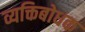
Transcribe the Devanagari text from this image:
व्यक्तिबोधक